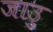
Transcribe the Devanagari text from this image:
जाउु